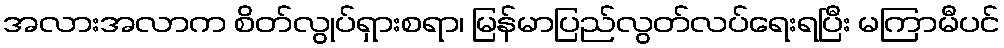
အလားအလာက စိတ်လွုပ်ရှားစရာ၊ မြန်မာပြည်လွတ်လပ်ရေးရပြီး မကြာမီပင်